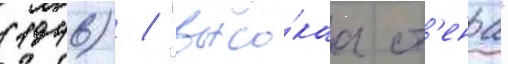
(1946) / "высо́каа ст'ена"